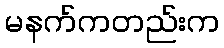
မနက်ကတည်းက